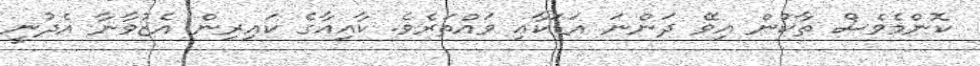
ކޮންމެވެސް ތާކުން އިވޭ ދަންނަ އަޑަކާއި ވައްތަރެވެ. ކާއިއާގެ ކައިރިން އެޒުވާނާ އެދުނީ